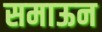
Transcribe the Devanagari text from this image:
समाऊन